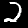
Label: 2